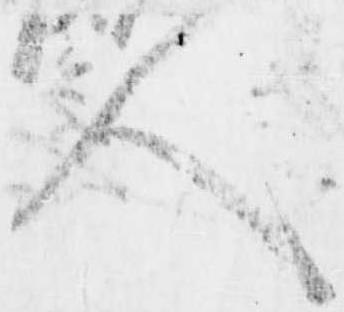
人